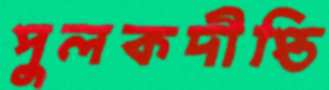
পুলকদীপ্তি